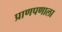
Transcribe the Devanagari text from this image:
प्राणपणाला